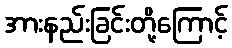
အားနည်းခြင်းတို့ကြောင့်